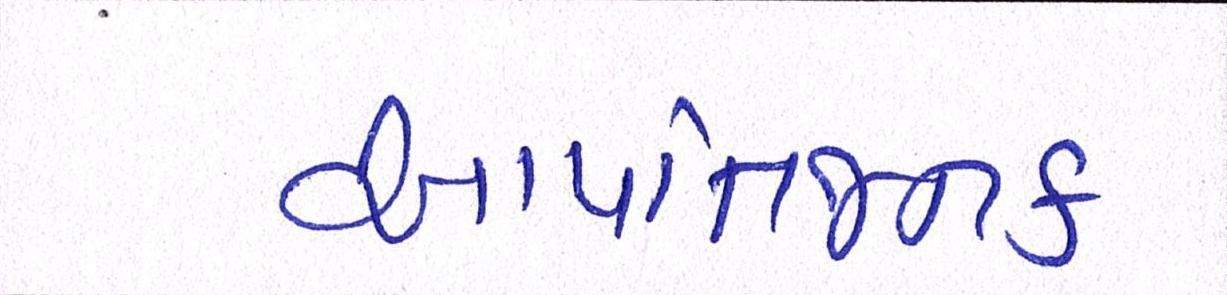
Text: આપત્તિજનક